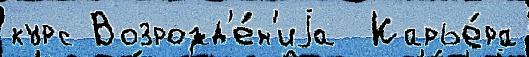
курс Возрожд'е́н'иjа  Карье́ра